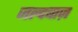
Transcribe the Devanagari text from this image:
जल्दबाज़